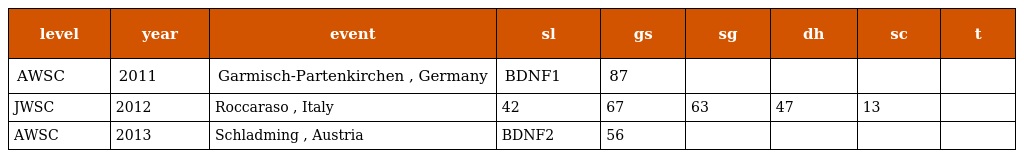
| level | year | event | sl | gs | sg | dh | sc | t |
 | --- | --- | --- | --- | --- | --- | --- | --- | --- |
 | AWSC | 2011 | Garmisch-Partenkirchen , Germany | BDNF1 | 87 |  |  |  |  |
 | JWSC | 2012 | Roccaraso , Italy | 42 | 67 | 63 | 47 | 13 |  |
 | AWSC | 2013 | Schladming , Austria | BDNF2 | 56 |  |  |  |  |